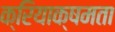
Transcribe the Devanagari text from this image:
क्रियाक्षमता